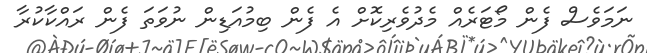
ނަމަވެސް ފެން މޯޓަރެއް މެދުވެރިކޮށް އެ ފެން ބިމުއަޑިން ނުވަތަ ފެން ރައްކާކުރާ